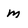
Character: m